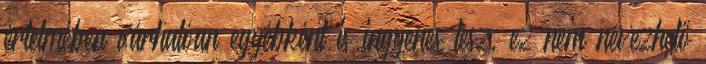
értelmében várhatóan egyébként is ingyenes lesz, ez nem nevezhető